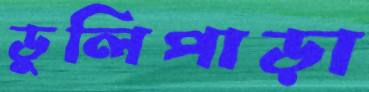
ডুলিপাড়া